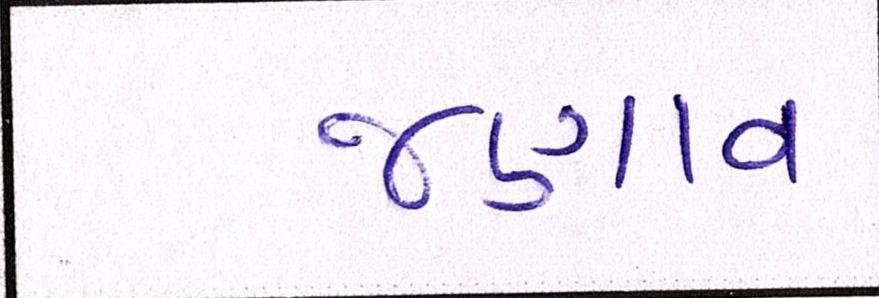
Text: જણાવ